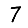
Digit: 7